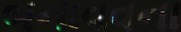
બનાવવના